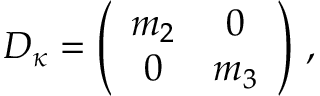
D _ { \kappa } = \left( \begin{array} { c c } { { m _ { 2 } } } & { { 0 } } \\ { { 0 } } & { { m _ { 3 } } } \end{array} \right) \, ,